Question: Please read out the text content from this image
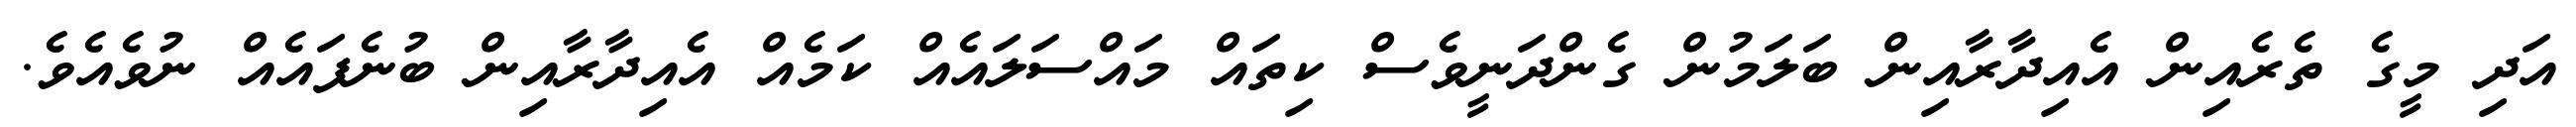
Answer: އަދި މީގެ ތެރެއިން އެއިދާރާއިން ބަލަމުން ގެންދަނީވެސް ކިތައް މައްސަލައެއް ކަމެއް އެއިދާރާއިން ބުނެފައެއް ނުވެއެވެ.